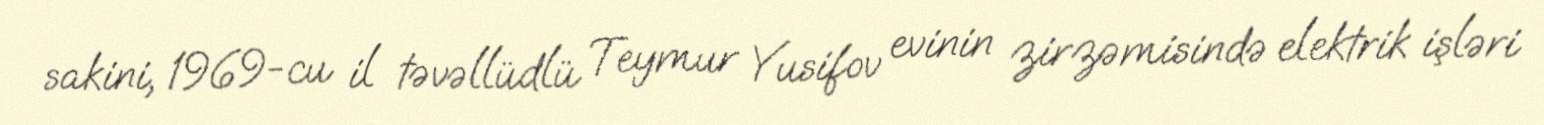
sakini, 1969-cu il təvəllüdlü Teymur Yusifov evinin zirzəmisində elektrik işləri